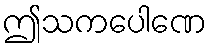
ဤသကပေါဏေ